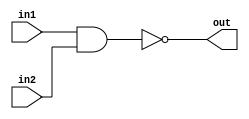
/*
    CS/ECE 552 Spring '19
    Homework #3, Problem 2

    2 input NAND
*/
module nand2 (in1,in2,out);
    input in1,in2;
    output out;
    assign out = ~(in1 & in2);
endmodule